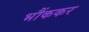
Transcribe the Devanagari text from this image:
भौंककर